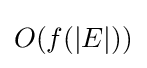
O(f(|E|))